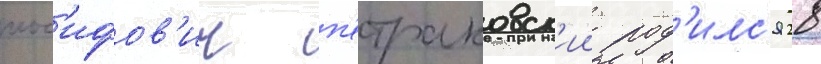
иос'ифов'ич п'етраковск'ии род'илс'я 28